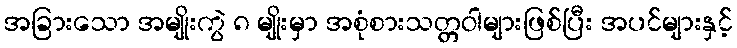
အခြားသော အမျိုးကွဲ ၈ မျိုးမှာ အစုံစားသတ္တဝါများဖြစ်ပြီး အပင်များနှင့်